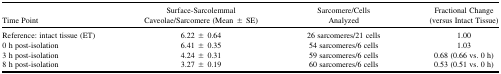
| Time Point | Surface-Sarcolemmal Caveolae/Sarcomere (Mean ± SE) | Sarcomere/Cells Analyzed | Fractional Change (versus Intact Tissue) |
 | --- | --- | --- | --- |
 | Reference: intact tissue (ET) | 6.22 ± 0.64 | 26 sarcomeres/21 cells | 1.00 |
 | 0 h post-isolation | 6.41 ± 0.35 | 54 sarcomeres/6 cells | 1.03 |
 | 3 h post-isolation | 4.24 ± 0.31 | 59 sarcomeres/6 cells | 0.68 (0.66 vs. 0 h) |
 | 8 h post-isolation | 3.27 ± 0.19 | 60 sarcomeres/6 cells | 0.53 (0.51 vs. 0 h) |